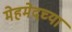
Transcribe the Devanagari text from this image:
मेहमेदच्या